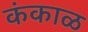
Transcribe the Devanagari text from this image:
कंकाळ